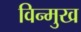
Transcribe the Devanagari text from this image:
विन्‍मुख